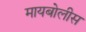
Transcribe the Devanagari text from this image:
मायबोलीस